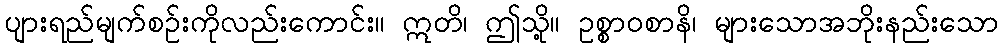
ပျားရည်မျက်စဉ်းကိုလည်းကောင်း။ ဣတိ၊ ဤသို့။ ဥစ္စာဝစာနိ၊ များသောအဘိုးနည်းသော